Leaving Certificate Examination, 1911
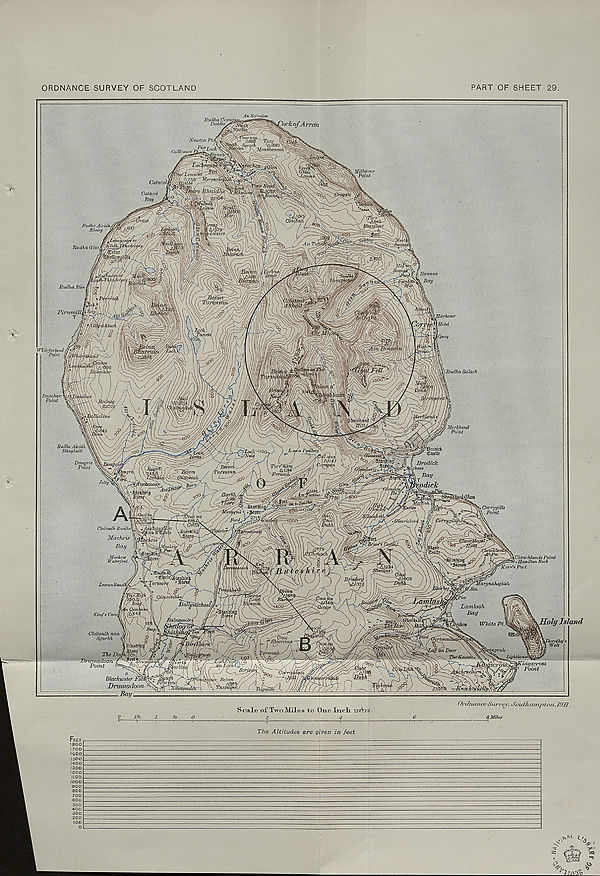
ORDNANCE SURVEY OF SCOTLAND
PART OF SHEET 29.
An S' criodah
Rutlha Or*
Dubhu.
hck ofArran
Newton
tonaei
(l. &75B^fMp r <J n n}\
Millstone
\ Point
Catacoll
~c Bhuidh
Catacol
Bay .
Jtudha Airidh.
Itheirg L
Jtudha Gins i
Sannox
\Bay
Rudha Ban,
PL'rtimillii
\Sarlwur
)Rudha Salach
M Me rid and
ff Point
Rudha Airidh
Dhiighdill
jSroWcft Castle
t Brodick
trgbnne
''yh_Bay
Jmpdich
Ton- nam
K A1J84'
'preuml^'
fttaifSlnj
Carry gills
\ Point
enricknrc
Cteilcadh Buidhc\
Machric
Bay
Machrie
Waterfoot
\Clauchlands Point
* * Hamilton Rock
Torino)
fargnahtglish
LeacanRi
CtQstantubhnf
Lamlash
Bay
Holy Island
ilnacoolr[
'don White PI.
Cleiteadhnan Sgarbh
Cnoc
iieveint
irtonut
imjvale
The Dot
Dnimadoon f
Point
inn usl
Lighthoi
Worth .
torline
'mgseross
Point
y C-
Bcinn
’lenchiml
Blacfcivater Foofcy
Druviadoon &-
Bay -
Feet 1800 1700 1600 1500 1400
1300
i a oo
MOO
1000 900 800 700 600 500
400 300 200 IOO
Scale o£ Two Miles to One Inch- urtfriw-
2
4
1
*
1
The Altitudes are given in feet
Ordnance Survey, Southampton.,]OH.
8 Miles
Tv-T- -
* c
I'iS’..